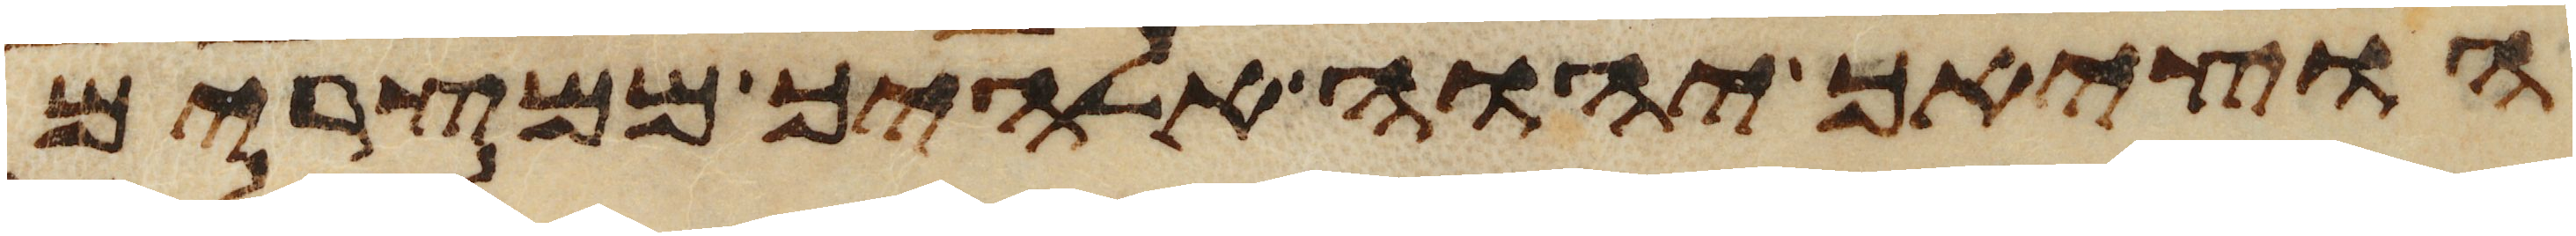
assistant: הוציאך יהוה אלהיך ממצרים